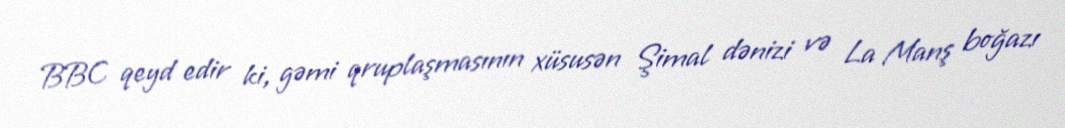
BBC qeyd edir ki, gəmi qruplaşmasının xüsusən Şimal dənizi və La Manş boğazı